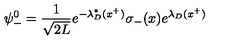
\psi _ { - } ^ { 0 } = { \frac { 1 } { \sqrt { 2 L } } } e ^ { - \lambda _ { D } ^ { * } ( x ^ { + } ) } \sigma _ { - } ( x ) e ^ { \lambda _ { D } ( x ^ { + } ) }